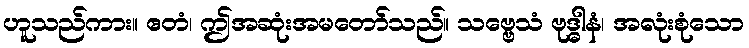
ဟူသည်ကား။ ဧတံ၊ ဤအဆုံးအမတော်သည်။ သဗ္ဗေသံ ဗုဒ္ဓါနံ၊ အလုံးစုံသော